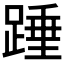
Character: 𮛺